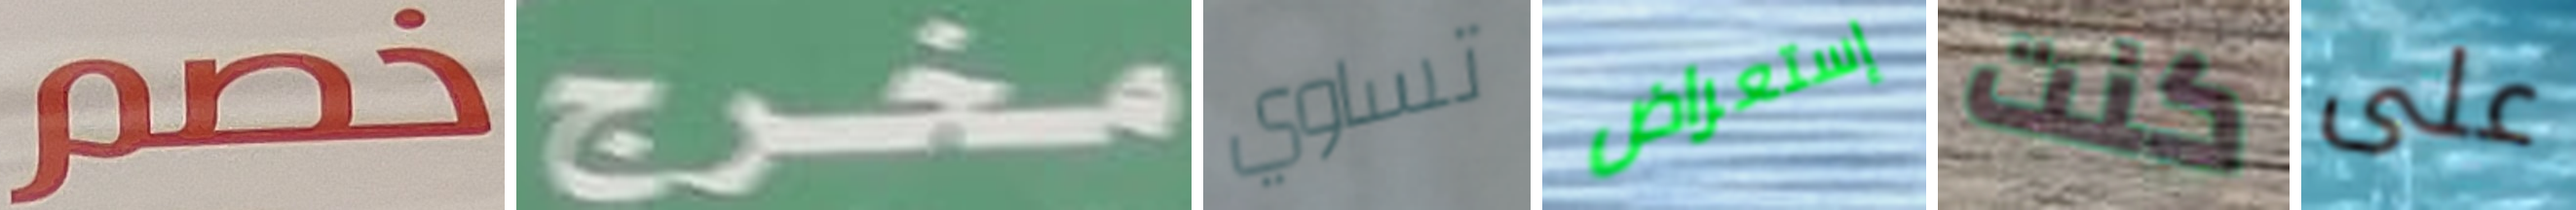
خصم مخرج تساوي إستعراض كنت على